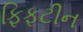
ફિફટીન